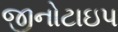
જીનોટાઇપ